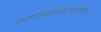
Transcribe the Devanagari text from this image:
धनपतिक्रोधविश्लेशितस्य।।